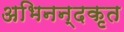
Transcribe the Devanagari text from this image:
अभिनन्दकृत